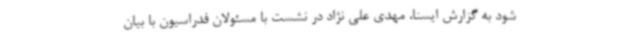
شود به گزارش ایسنا، مهدی علی نژاد در نشست با مسئولان فدراسیون با بیان